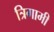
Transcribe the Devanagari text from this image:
त्रिगामी